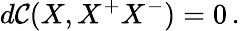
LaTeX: d\mathcal{C}(X,X^{+}X^{-})=0\, .